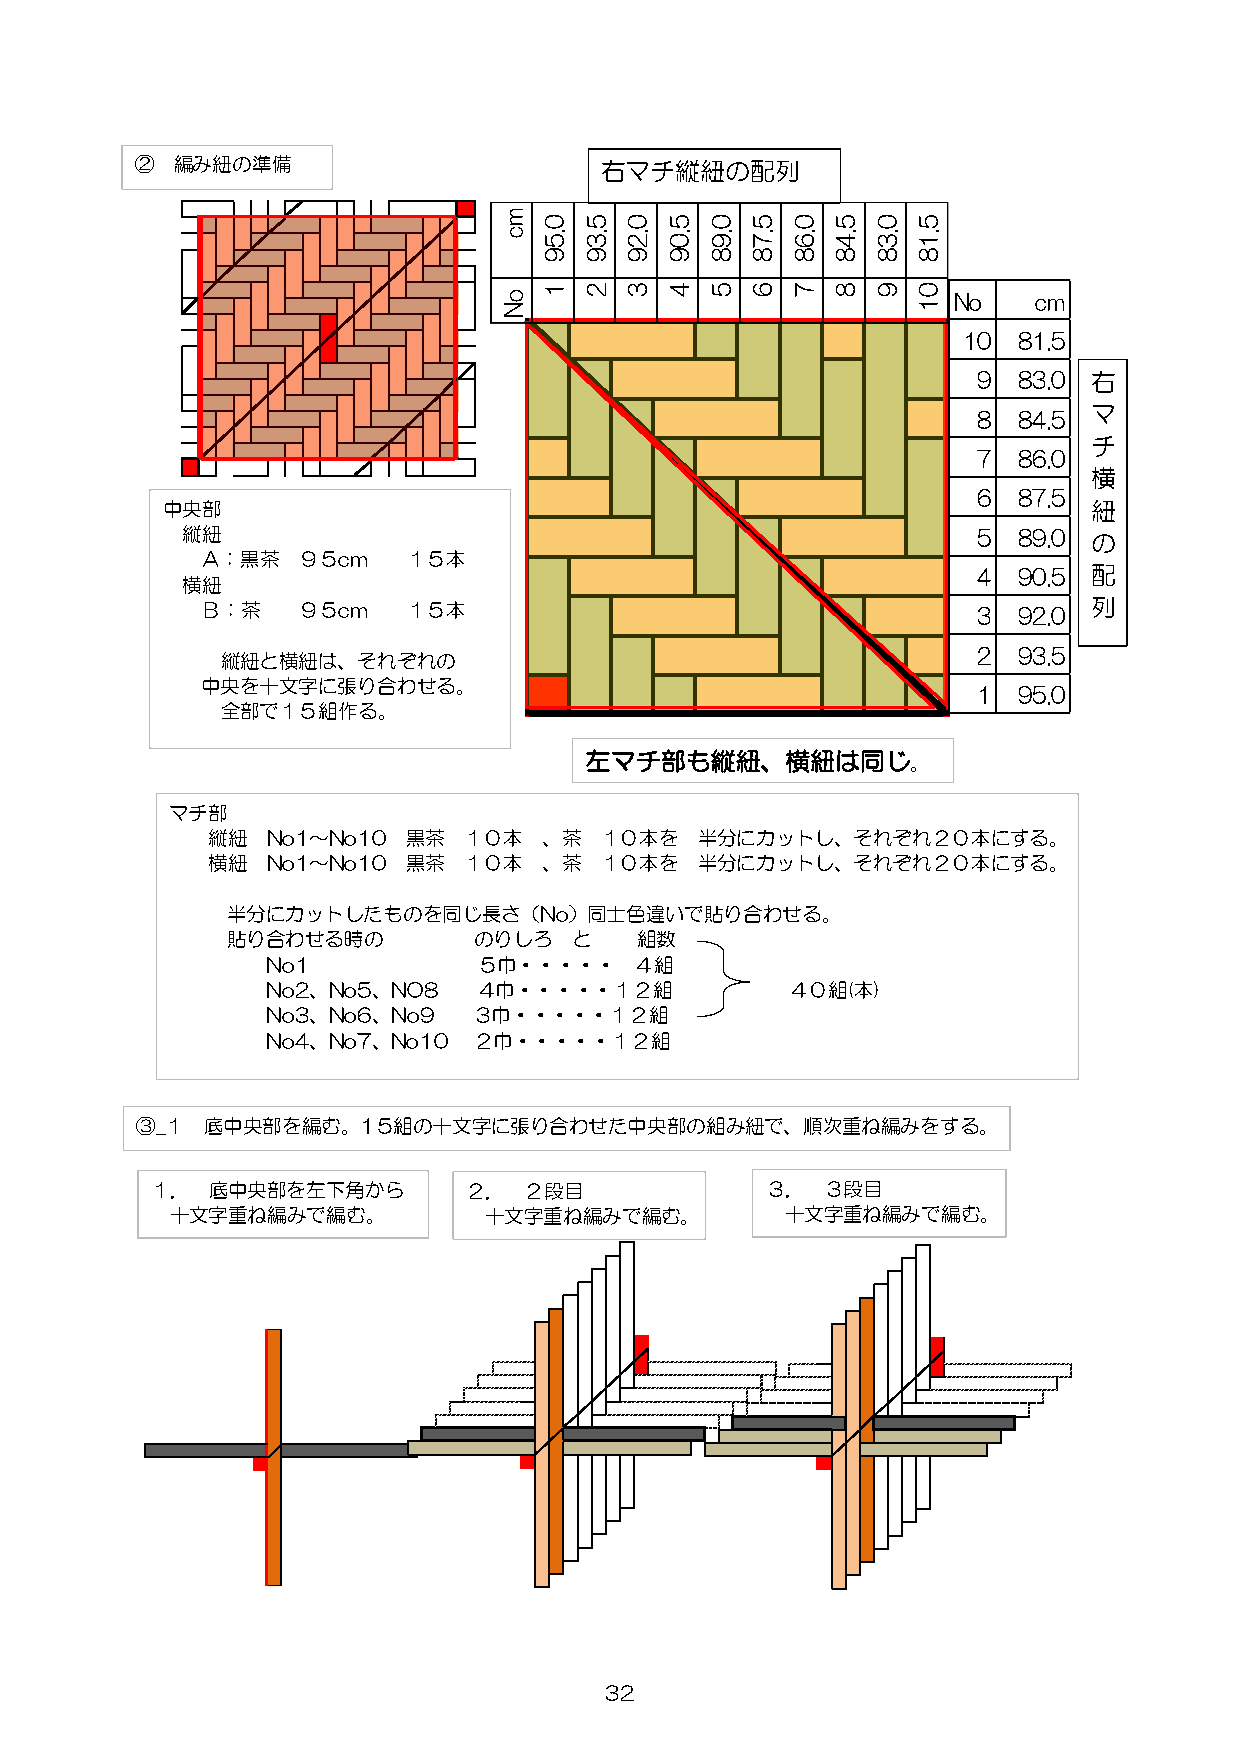
② 編み紐の準備                       右マチ縦紐の配列
 m
 0  5 0  5  0  5 0  5  0  5
 c  .5 .3 .2 .0 .9 .7 .6 .4 .3 .1
 9  9 9  9  8  8 8  8  8  8
 1  2 3  4  5  6 7  8  9  0
 o                             No   cm
 N                           1
 10 81.5
 9 83.0 右
 マ
 8 84.5
 チ
 7 86.0
 横
 6 87.5
 中央部                                                          紐
 縦紐                                                   5 89.0 の
 Ａ：黒茶   ９５cm   １５本
 4 90.5 配
 横紐
 Ｂ：茶    ９５cm   １５本                                   3 92.0 列
 2 93.5
 縦紐と横紐は、それぞれの
 中央を十文字に張り合わせる。
 1 95.0
 全部で１５組作る。
 左マチ部も縦紐、横紐は同じ。
 マチ部
 縦紐  No1～No10 黒茶  １０本  、茶  １０本を  半分にカットし、それぞれ２０本にする。
 横紐  No1～No10 黒茶  １０本  、茶  １０本を  半分にカットし、それぞれ２０本にする。
 半分にカットしたものを同じ長さ（No）同士色違いで貼り合わせる。
 貼り合わせる時の        のりしろ   と   組数
 No1           ５巾・・・・・   ４組
 No2、No5、NO8   ４巾・・・・・１２組          ４０組(本)
 No3、No6、No9  ３巾・・・・・１２組
 No4、No7、No10 ２巾・・・・・１２組
 ③_１  底中央部を編む。1５組の十文字に張り合わせた中央部の組み紐で、順次重ね編みをする。
 １．  底中央部を左下角から       ２．  ２段目             ３．  ３段目
 十文字重ね編みで編む。          十文字重ね編みで編む。         十文字重ね編みで編む。
 32